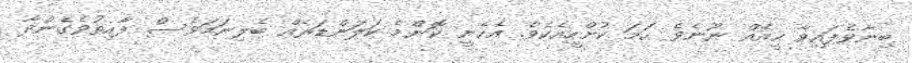
ބިނާވެފައިވާ ހީއެއް ނޫނެވެ. ހަމަ ކުށްހީއެކެވެ. އެހެނީ ކޮންމެ ކަލަންޑަރެއް ބެލިނަމަވެސް ފާއިތުވެގެންދާ